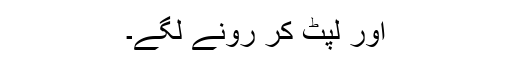
اور لپٹ کر رونے لگے۔